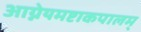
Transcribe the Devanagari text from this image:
आग्नेयमष्टाकपालम्